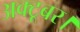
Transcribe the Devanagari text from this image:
अक्टूबर।